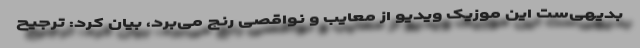
بدیهی‌ست این موزیک ویدیو از معایب و نواقصی رنج می‌برد، بیان کرد: ترجیح